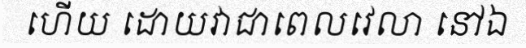
ហើយ ដោយវាជាពេលវេលា នៅឯ